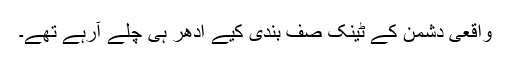
واقعی دشمن کے ٹینک صف بندی کیے ادھر ہی چلے آرہے تھے۔